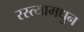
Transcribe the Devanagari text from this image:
रस्त्यामधुन